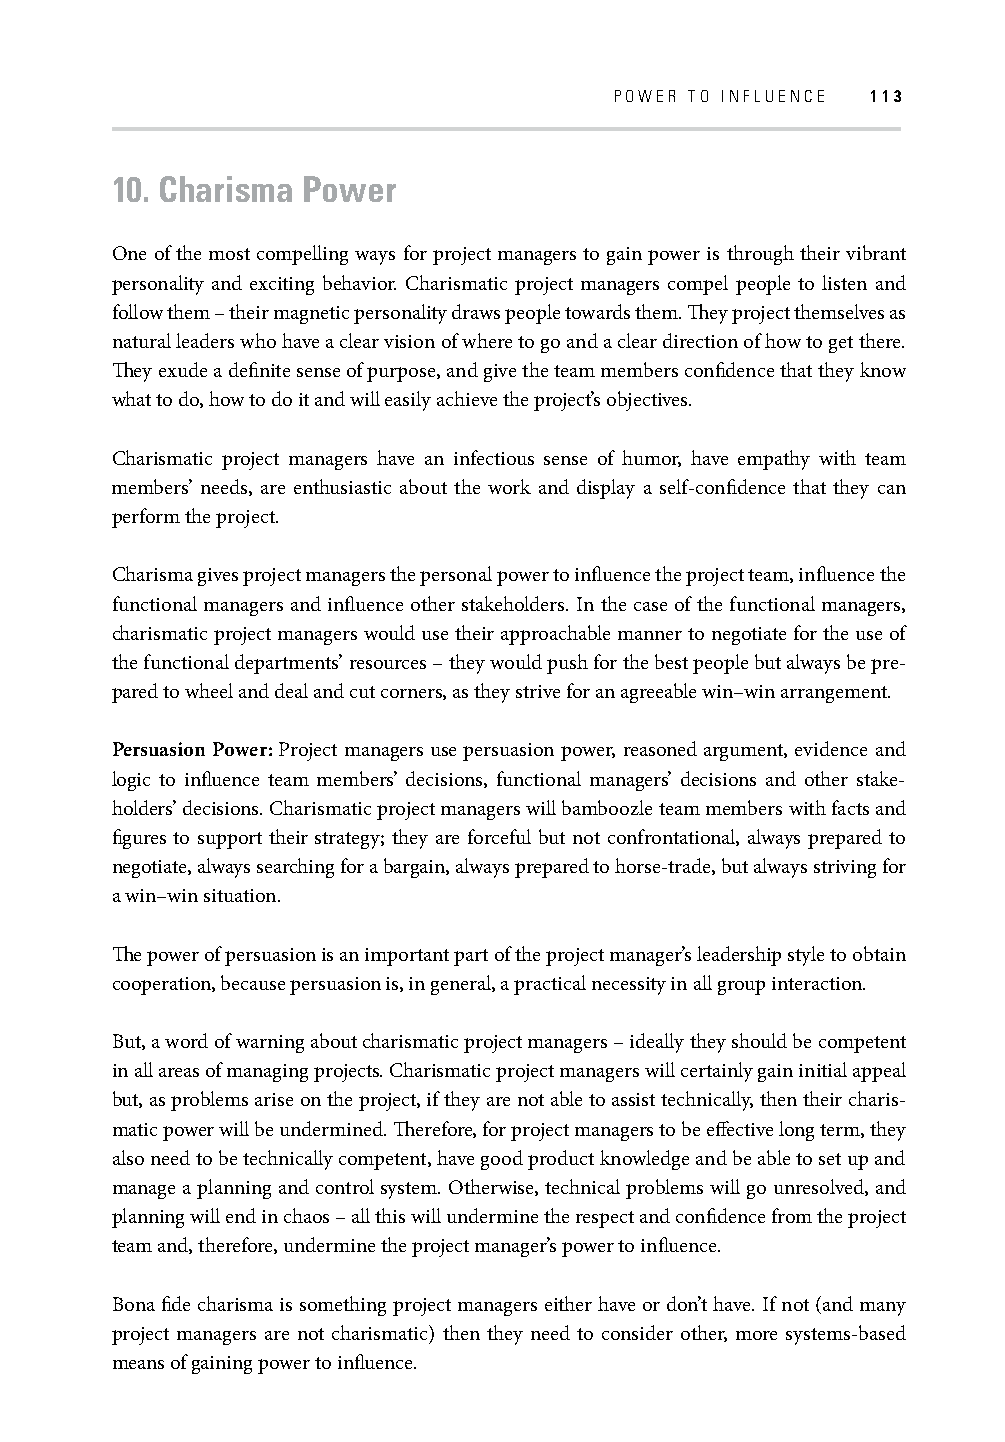
POWER TO INFLUENCE 113
 10. Charisma Power
 One of the most compelling ways for project managers to gain power is through their vibrant
 personality and exciting behavior. Charismatic project managers compel people to listen and
 follow them – their magnetic personality draws people towards them. Th ey project themselves as
 natural leaders who have a clear vision of where to go and a clear direction of how to get there.
 Th ey exude a defi nite sense of purpose, and give the team members confi dence that they know
 what to do, how to do it and will easily achieve the project’s objectives.
 Charismatic project managers have an infectious sense of humor, have empathy with team
 members’ needs, are enthusiastic about the work and display a self-confi dence that they can
 perform the project.
 Charisma gives project managers the personal power to infl uence the project team, infl uence the
 functional managers and infl uence other stakeholders. In the case of the functional managers,
 charismatic project managers would use their approachable manner to negotiate for the use of
 the functional departments’ resources – they would push for the best people but always be pre-
 pared to wheel and deal and cut corners, as they strive for an agreeable win–win arrangement.
 Persuasion Power: Project managers use persuasion power, reasoned argument, evidence and
 logic to infl uence team members’ decisions, functional managers’ decisions and other stake-
 holders’ decisions. Charismatic project managers will bamboozle team members with facts and
 fi gures to support their strategy; they are forceful but not confrontational, always prepared to
 negotiate, always searching for a bargain, always prepared to horse-trade, but always striving for
 a win–win situation.
 Th e power of persuasion is an important part of the project manager’s leadership style to obtain
 cooperation, because persuasion is, in general, a practical necessity in all group interaction.
 But, a word of warning about charismatic project managers – ideally they should be competent
 in all areas of managing projects. Charismatic project managers will certainly gain initial appeal
 but, as problems arise on the project, if they are not able to assist technically, then their charis-
 matic power will be undermined. Th erefore, for project managers to be eff ective long term, they
 also need to be technically competent, have good product knowledge and be able to set up and
 manage a planning and control system. Otherwise, technical problems will go unresolved, and
 planning will end in chaos – all this will undermine the respect and confi dence from the project
 team and, therefore, undermine the project manager’s power to infl uence.
 Bona fi de charisma is something project managers either have or don’t have. If not (and many
 project managers are not charismatic) then they need to consider other, more systems-based
 means of gaining power to infl uence.